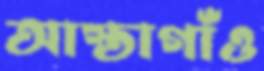
আস্তাগাঁও